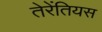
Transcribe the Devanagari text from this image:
तेरेंतियस